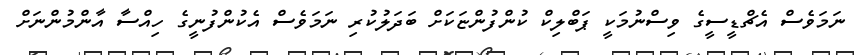
ނަމަވެސް އެޗްޑީސީގެ ވިސްނުމަކީ ޕަބްލިކް ކުންފުންޏަކަށް ބަދަލުކުރި ނަމަވެސް އެކުންފުނީގެ ހިއްސާ އާންމުންނަށް